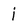
Character: i